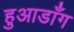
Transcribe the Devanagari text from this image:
हुआडाँग